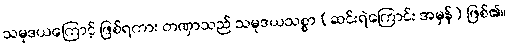
သမုဒယကြောင့် ဖြစ်ရကား တဏှာသည် သမုဒယသစ္စာ (ဆင်းရဲကြောင်း အမှန်) ဖြစ်၏။